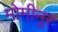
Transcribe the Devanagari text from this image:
मोमीनूर